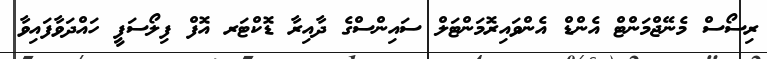
ރިސޯސް މެނޭޖްމަންޓް އެންޑް އެންވައިރޮމަންޓަލް ސައިންސްގެ ދާއިރާ ޑޮކްޓަރ އޮފް ފިލޯސަފީ ހައްދަވާފައިވާ